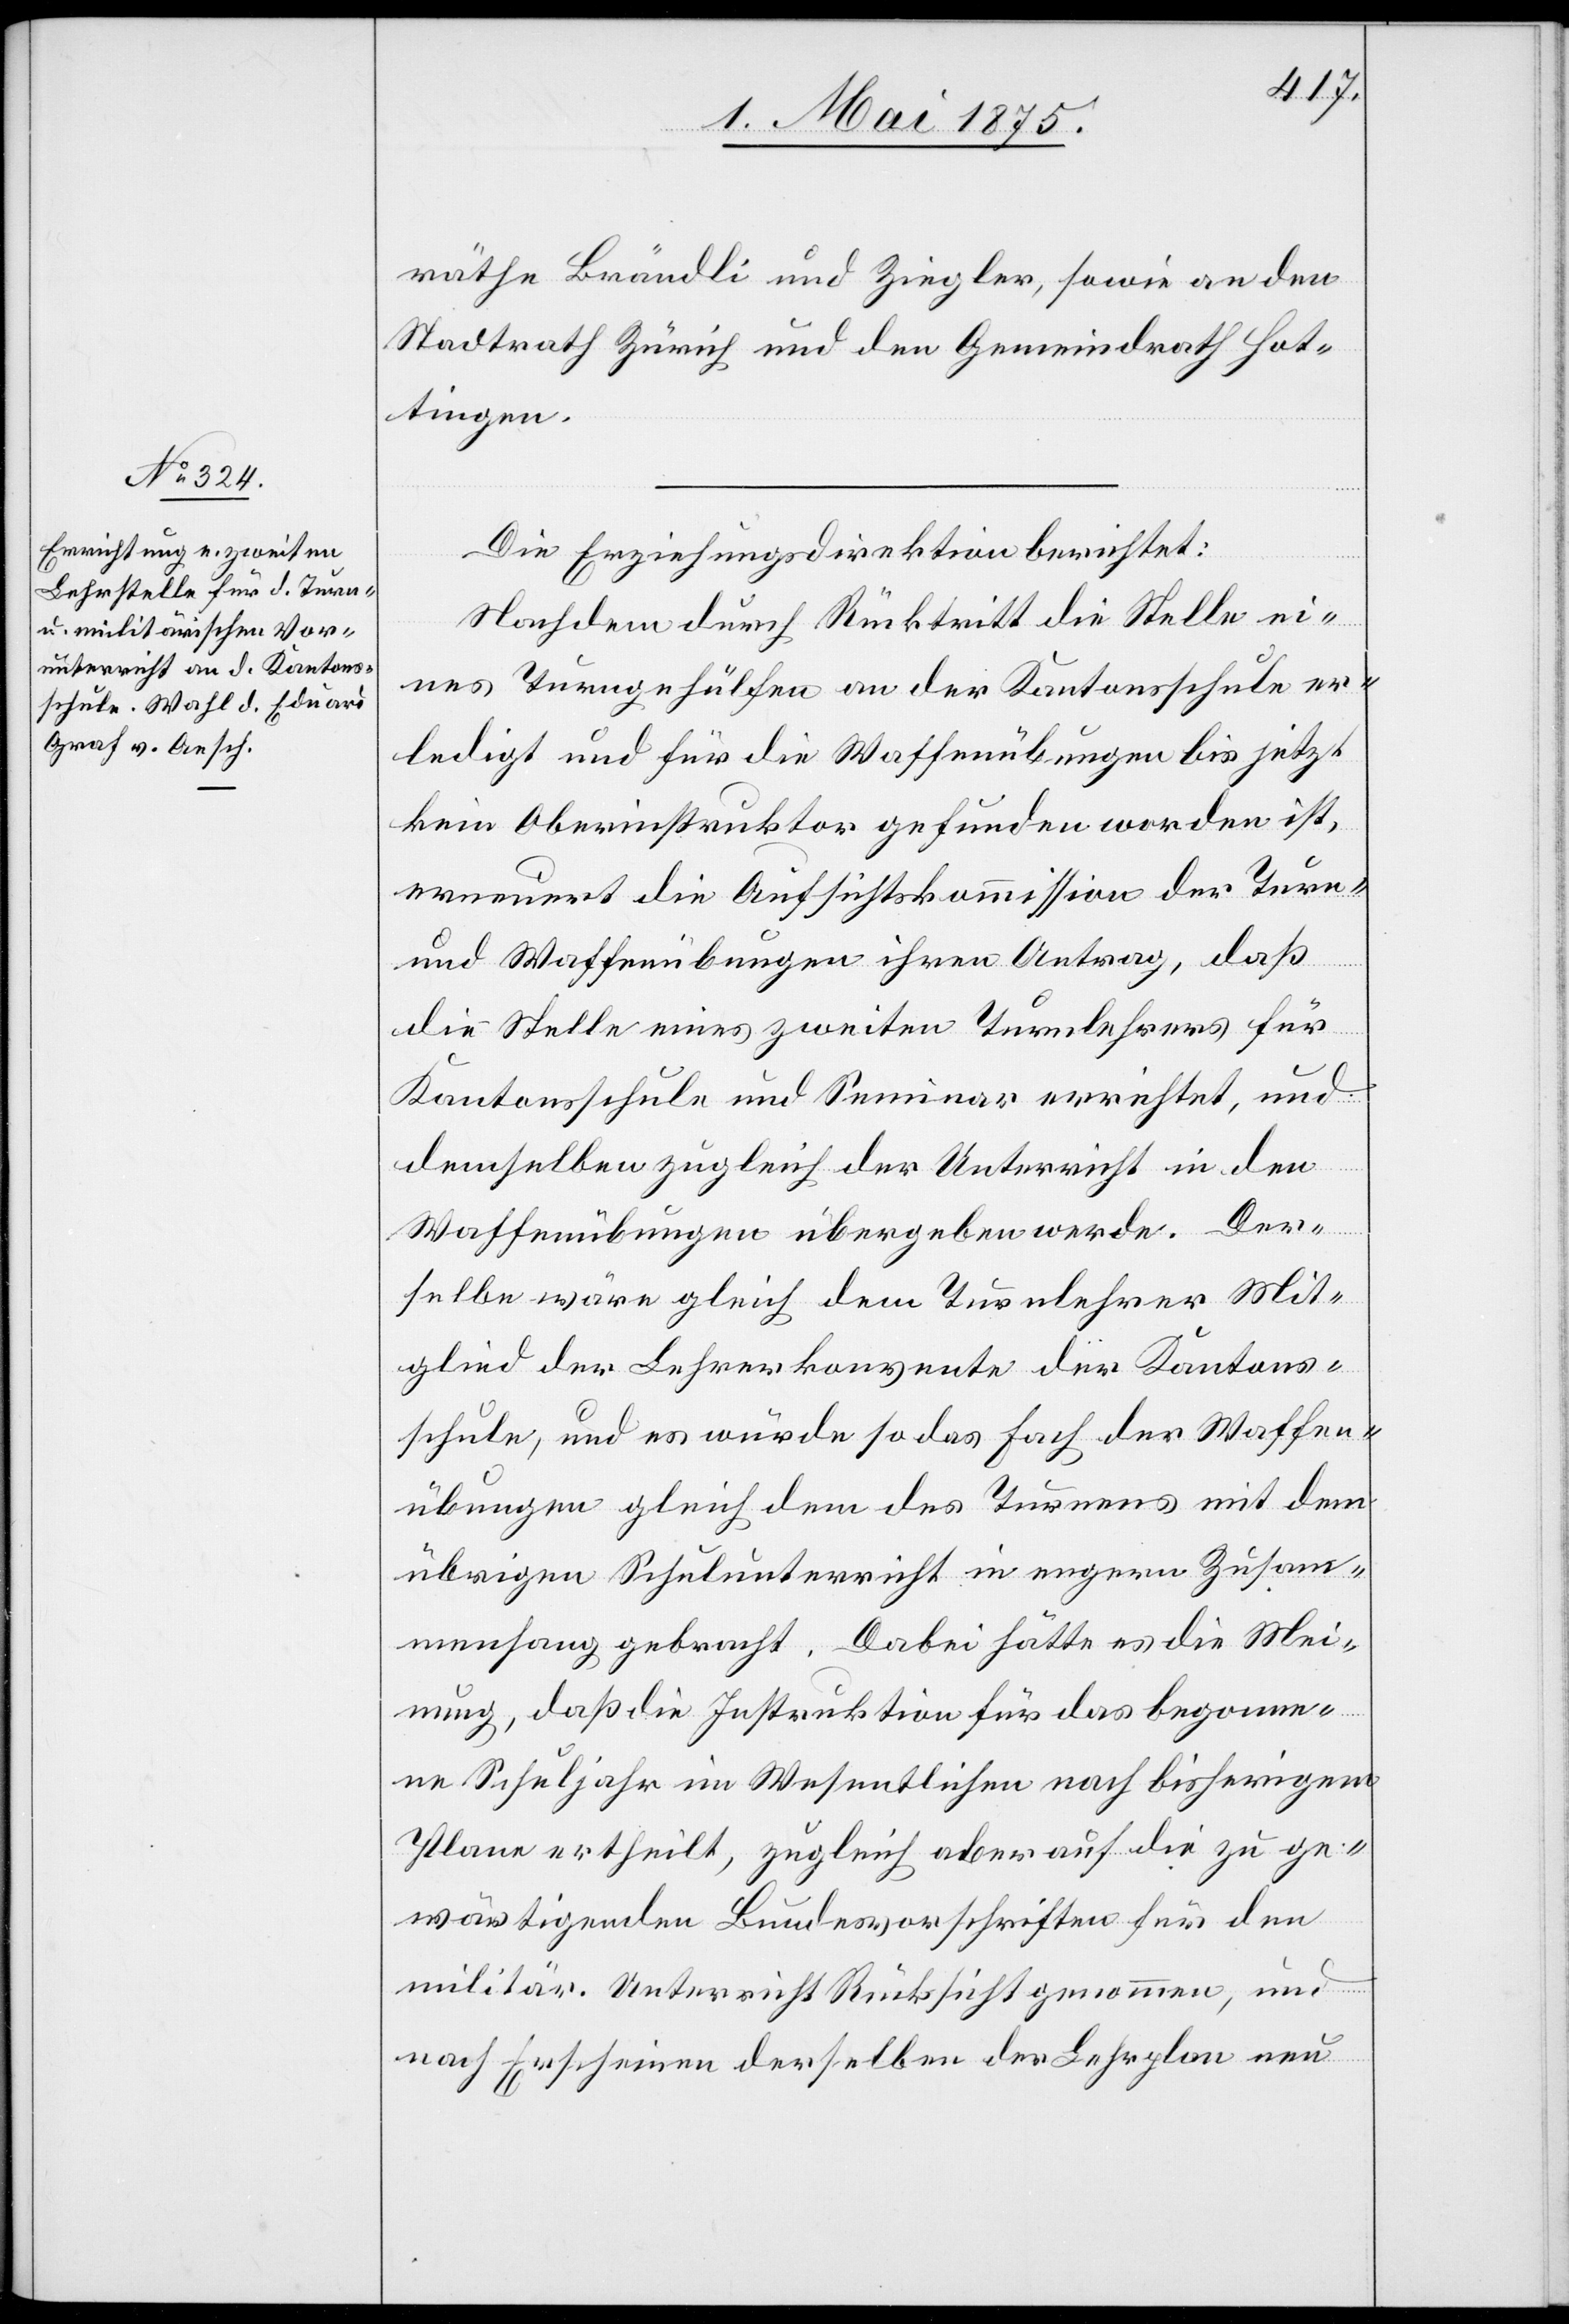
räthe Brändli und Ziegler, sowie an den
Stadtrath Zürich und den Gemeindrath Hot¬
tingen.
Die Erziehungsdirektion berichtet:
Nachdem durch Rücktritt die Stelle ei¬
nes Turngehülfen an der Kantonsschule er¬
ledigt und für die Waffenübungen bis jetzt
kein Oberinstruktor gefunden worden ist,
erneuert die Aufsichtskommission der Turn-
und Waffenübungen ihren Antrag, daß
die Stelle eines zweiten Turnlehrers für
Kantonsschule und Seminar errichtet, und
demselben zugleich der Unterricht in den
Waffenübungen übergeben werde. Der¬
selbe wäre gleich dem Turnlehrer Mit¬
glied der Lehrerkonvente der Kantons¬
schule, und es würde so das Fach der Waffen¬
übungen gleich dem des Turnens mit dem
übrigen Schulunterricht in engern Zusam¬
menhang gebracht. Dabei hätte es die Mei¬
nung, daß die Instruktion für das begonne¬
ne Schuljahr im Wesentlichen nach bisherigem
Plan ertheilt, zugleich aber auf die zu ge¬
wärtigenden Bundesvorschriften für den
militär. Unterricht Rücksicht genommen, und
nach Erscheinen derselben der Lehrplan neu